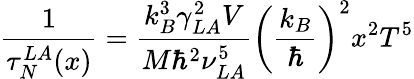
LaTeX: \frac{1}{\tau_{N}^{LA}(x)}=\frac{k_{B}^{3}\gamma_{LA}^{2}V}{M\hbar^{2}\nu_{LA}^{5}}\left(\frac{k_{B}}{\hbar}\right)^{2}x^{2}T^{5}